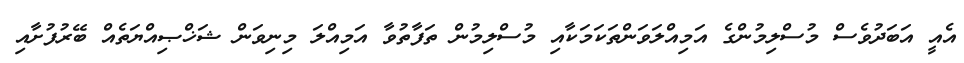
އެއީ އަބަދުވެސް މުސްލިމުންގެ އަމިއްލަވަންތަކަމަކާއި މުސްލިމުން ތަފާތުވާ އަމިއްލަ މިނިވަން ޝަޚްޞިއްޔަތެއް ބޭރުފުށާއި